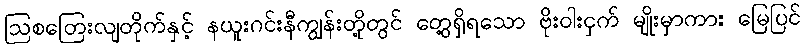
ဩစတြေးလျတိုက်နှင့် နယူးဂင်းနီကျွန်းတို့တွင် တွေ့ရှိရသော ဗိုးဝါးငှက် မျိုးမှာကား မြေပြင်